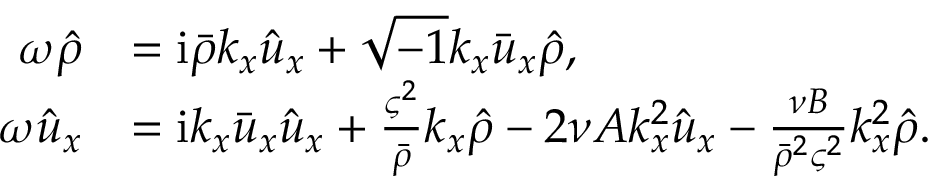
\begin{array} { r l } { \omega \hat { \rho } } & { = \mathrm { i } \bar { \rho } k _ { x } \hat { u } _ { x } + \sqrt { - 1 } k _ { x } \bar { u } _ { x } \hat { \rho } , } \\ { \omega \hat { u } _ { x } } & { = \mathrm { i } k _ { x } \bar { u } _ { x } \hat { u } _ { x } + \frac { \varsigma ^ { 2 } } { \bar { \rho } } k _ { x } \hat { \rho } - 2 \nu A k _ { x } ^ { 2 } \hat { u } _ { x } - \frac { \nu B } { \bar { \rho } ^ { 2 } \varsigma ^ { 2 } } k _ { x } ^ { 2 } \hat { \rho } . } \end{array}